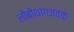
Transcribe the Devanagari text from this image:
लोबोथांगजवळ